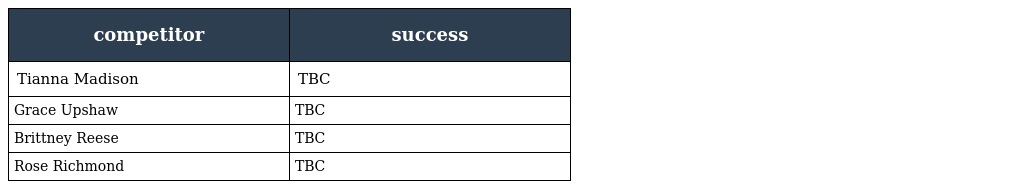
| competitor | success |
 | --- | --- |
 | Tianna Madison | TBC |
 | Grace Upshaw | TBC |
 | Brittney Reese | TBC |
 | Rose Richmond | TBC |